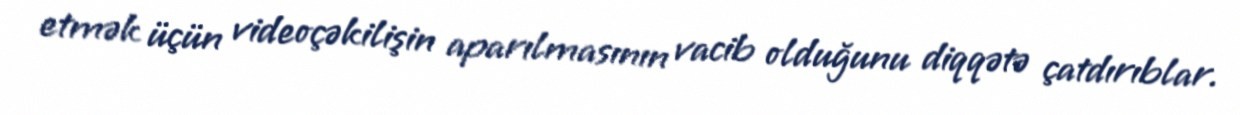
etmək üçün videoçəkilişin aparılmasının vacib olduğunu diqqətə çatdırıblar.